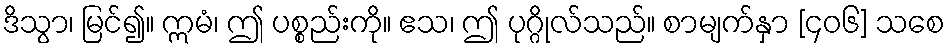
ဒိသွာ၊ မြင်၍။ ဣမံ၊ ဤ ပစ္စည်းကို။ ဧသ၊ ဤ ပုဂ္ဂိုလ်သည်။ စာမျက်နှာ [၄၀၆] သစေ